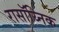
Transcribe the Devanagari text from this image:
रासॉय्निक